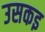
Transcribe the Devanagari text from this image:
उसकइ